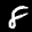
Label: 8